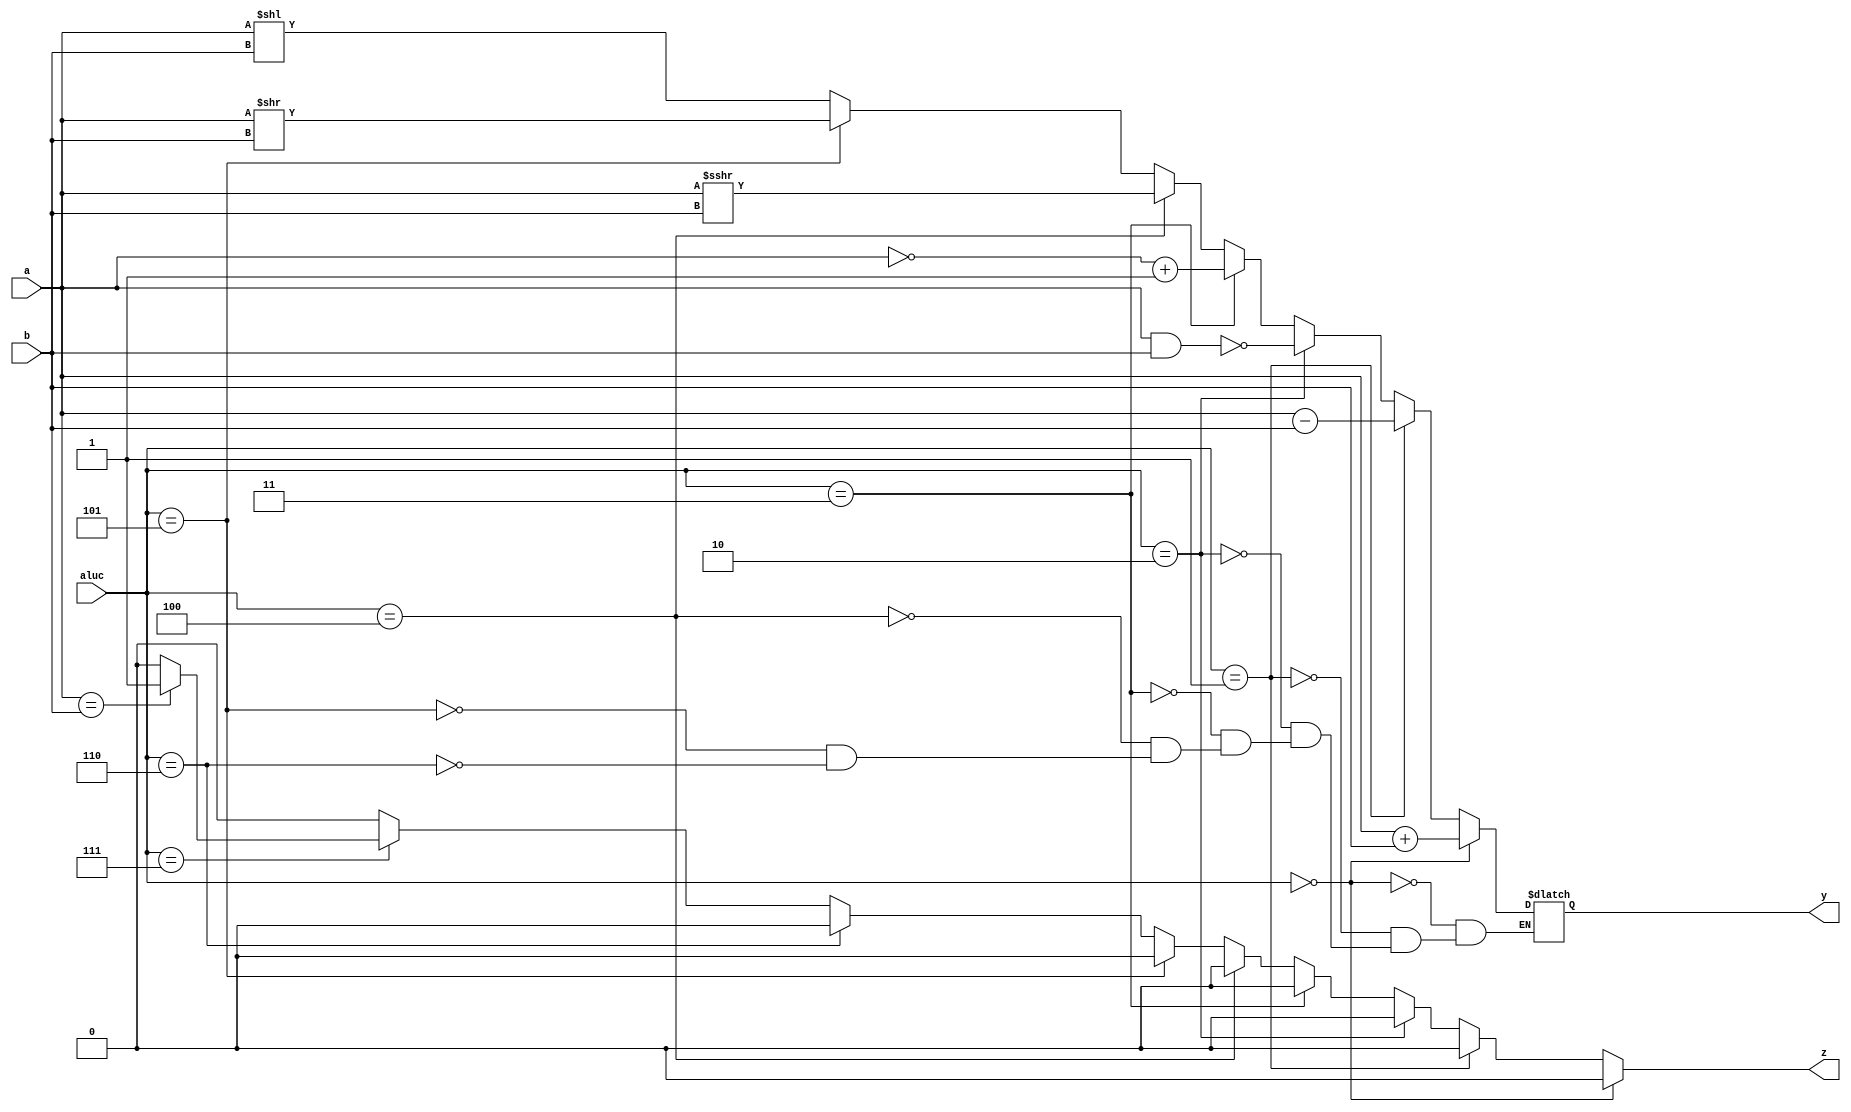
module alu(y,z,a,b,aluc);
	output reg [15:0] y; //16 bit output
	output reg z; //zero line.
	input [15:0] a,b; //16 bit inputs
	input [2:0] aluc; //alu control sgl -- bitsize to be defined
	always @(*)
		begin
			z=1'b0;
			if(aluc == 3'b000 )
				y <= a+b;
			else if(aluc== 3'b001)
				y <= a-b;
			else if(aluc== 3'b010) 
				y <= a ~& b; //nand
			else if(aluc== 3'b011)
				y <= (~a) + 16'd1;  //2's complement
			else if(aluc== 3'b100)
				y <= a >>> b; //sar to 'a' by 'b' bits
			else if(aluc== 3'b101)
				y <= a >> b; //slr 'a' by 'b' bits
			else if(aluc== 3'b110)
				y <= a << b; // sll 'a' by 'b' bits
			else if(aluc== 3'b111)
				if(a==b)
					z <=1'b1;
		end
endmodule